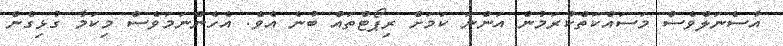
އާސެނަލްވެސް މަސައްކަތްކުރަމުން އަންނަ ކަމަށް ރިޕޯޓްތައް ބުނެ އެވެ. އެހެންނަމަވެސް މިކަމާ ގުޅިގެން